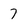
Character: 7